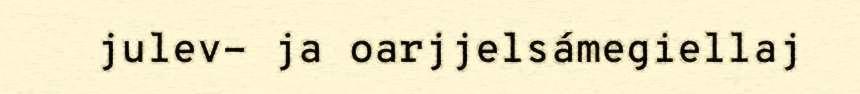
julev- ja oarjjelsámegiellaj